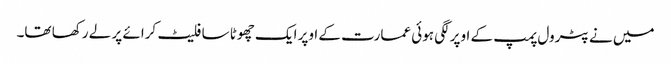
میں نے پٹرول پمپ کے اوپر لگی ہوئی عمارت کے اوپر ایک چھوٹا سا فلیٹ کرائے پر لے رکھا تھا۔